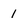
Character: 1